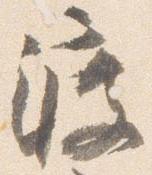
渡